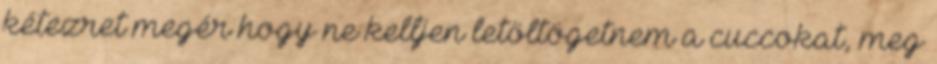
kétezret megér hogy ne kelljen letöltögetnem a cuccokat, meg